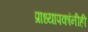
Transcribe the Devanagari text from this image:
प्राध्यापकांनीही